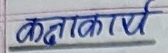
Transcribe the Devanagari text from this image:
कोदाकार्य